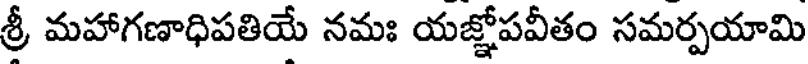
శ్రీ మహాగణాధిపతియే నమః యజ్ఞోపవీతం సమర్పయామి